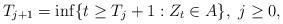
LaTeX: \begin{align*} T_{j+1}=\inf\{t\geq T_j+1:Z_t \in A\},\,\, j \geq 0,\end{align*}